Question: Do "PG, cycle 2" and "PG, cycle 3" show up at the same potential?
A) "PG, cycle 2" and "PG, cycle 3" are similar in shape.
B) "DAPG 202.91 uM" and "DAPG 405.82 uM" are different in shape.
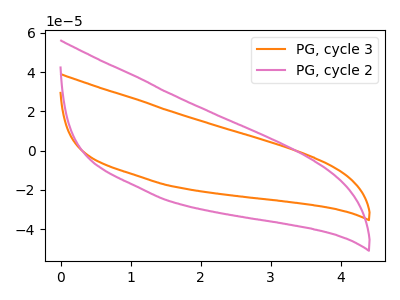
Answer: <think>The orange curve "PG, cycle 3" has no peaks. The pink curve "PG, cycle 2" has no peaks.
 Neither "PG, cycle 2" or "PG, cycle 3" have any peaks.</think>
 <answer>A) "PG, cycle 2" and "PG, cycle 3" are similar in shape.</answer>
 <eval>A</eval>